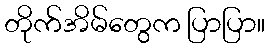
တိုက်အိမ်တွေက ပြာပြာ။